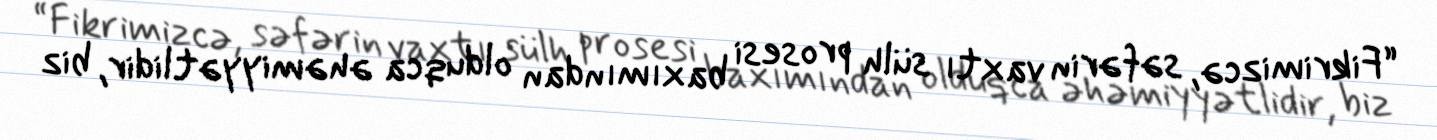
“Fikrimizcə, səfərin vaxtı sülh prosesi baxımından olduqca əhəmiyyətlidir, biz